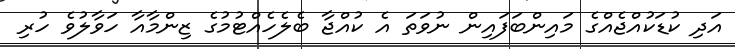
އަދި ކުޑަކުއްޖެއްގެ މައިންބަފައިން ނުވަތަ އެ ކުއްޖާ ބެލެހެއްޓުމުގެ ޒިންމާއާ ހަވާލުވެ ހުރި